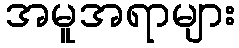
အမူအရာများ